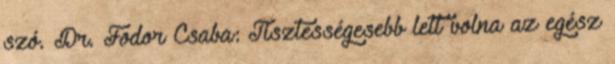
szó. Dr. Fodor Csaba: Tisztességesebb lett volna az egész